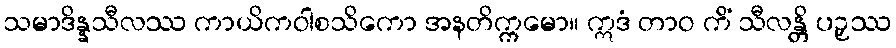
သမာဒိန္နသီလဿ ကာယိကဝါစသိကော အနတိက္ကမော။ ဣဒံ တာဝ ကိံ သီလန္တိ ပဉှဿ